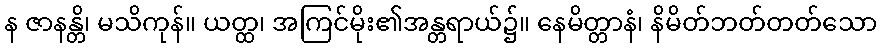
န ဇာနန္တိ၊ မသိကုန်။ ယတ္ထ၊ အကြင်မိုး၏အန္တရာယ်၌။ နေမိတ္တာနံ၊ နိမိတ်ဘတ်တတ်သော